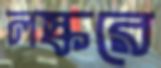
লস্করে